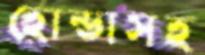
হোন্ডাসহ